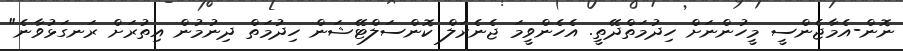
ނޮން-އެމާޖެންސީ މީހުންނަށް ހިދުމަތްދޭތީ. އެހެންވީމަ ޖެނެރަލް ކޮންސަލްޓޭޝަން ހިދުމަތް ދިނުމުން އިތުރަށް ރަނގަޅުވާނެ"